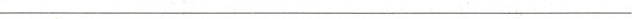
___